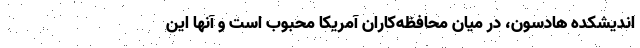
اندیشکده هادسون، در میان محافظه‌کاران آمریکا محبوب است و آنها این